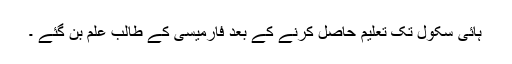
ہائی سکول تک تعلیم حاصل کرنے کے بعد فارمیسی کے طالب علم بن گئے ۔